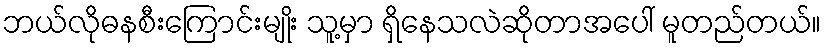
ဘယ်လိုဓနစီးကြောင်းမျိုး သူ့မှာ ရှိနေသလဲဆိုတာအပေါ် မူတည်တယ်။